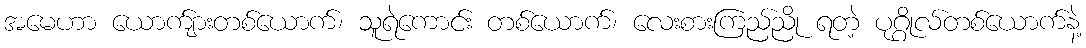
အမေဟာ ယောက်ျားတစ်ယောက်၊ သူရဲကောင်း တစ်ယောက်၊ လေးစားကြည်ညို ရတဲ့ ပုဂ္ဂိုလ်တစ်ယောက်နဲ့